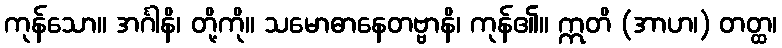
ကုန်သော။ အင်္ဂါနိ၊ တို့ကို။ သမောဓာနေတဗ္ဗာနိ၊ ကုန်၏။ ဣတိ (အာဟ၊) တတ္ထ၊